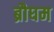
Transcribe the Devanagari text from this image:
ब्रौघम